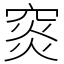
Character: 䆦